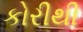
કોરીથી